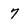
Character: 7